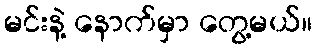
မင်းနဲ့ နောက်မှာ တွေ့မယ်။